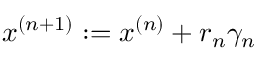
x ^ { ( n + 1 ) } : = x ^ { ( n ) } + r _ { n } \gamma _ { n }